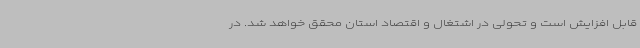
قابل افزایش است و تحولی در اشتغال و اقتصاد استان محقق خواهد شد. در